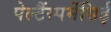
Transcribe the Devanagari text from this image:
पेल्टैंस्पर्मेसिई